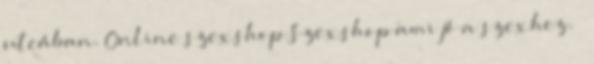
utcában. Online szexshop Szexshop ami jó a szexhez. –